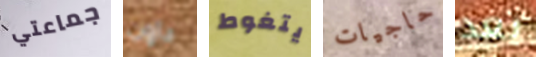
جماعتي داون يتغوط حاجيات بعد